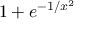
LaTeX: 1 + e ^ { - 1 / x ^ { 2 } }